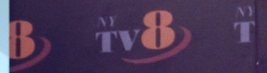
8 TB8 T